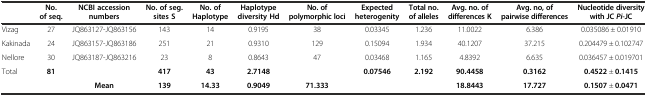
<table><thead><tr><td></td><td><b>No. of seq.</b></td><td><b>NCBI accession numbers</b></td><td><b>No. of seg. sites S</b></td><td><b>No. of Haplotype</b></td><td><b>Haplotype diversity Hd</b></td><td><b>No. of polymorphic loci</b></td><td><b>Expected heterogenity</b></td><td><b>Total no. of alleles</b></td><td><b>Avg. no. of differences K</b></td><td><b>Avg. no, of pairwise differences</b></td><td><b>Nucleotide diversity with JC <i>Pi</i>-JC</b></td></tr></thead><tbody><tr><td>Vizag</td><td>27</td><td>JQ863127-JQ863156</td><td>143</td><td>14</td><td>0.9195</td><td>38</td><td>0.03345</td><td>1.236</td><td>11.0022</td><td>6.386</td><td>0.035086 ± 0.01910</td></tr><tr><td>Kakinada</td><td>24</td><td>JQ863157-JQ863186</td><td>251</td><td>21</td><td>0.9310</td><td>129</td><td>0.15094</td><td>1.934</td><td>40.1207</td><td>37.215</td><td>0.204479 ± 0.102747</td></tr><tr><td>Nellore</td><td>30</td><td>JQ863187-JQ863216</td><td>23</td><td>8</td><td>0.8643</td><td>47</td><td>0.03468</td><td>1.165</td><td>4.8392</td><td>6.635</td><td>0.036457 ± 0.019701</td></tr><tr><td>Total</td><td><b>81</b></td><td></td><td><b>417</b></td><td><b>43</b></td><td><b>2.7148</b></td><td></td><td><b>0.07546</b></td><td><b>2.192</b></td><td><b>90.4458</b></td><td><b>0.3162</b></td><td><b>0.4522</b> ± <b>0.1415</b></td></tr><tr><td></td><td></td><td><b>Mean</b></td><td><b>139</b></td><td><b>14.33</b></td><td><b>0.9049</b></td><td><b>71.333</b></td><td></td><td></td><td><b>18.8443</b></td><td><b>17.727</b></td><td><b>0.1507</b> ± <b>0.0471</b></td></tr></tbody></table>